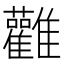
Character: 𮦃